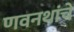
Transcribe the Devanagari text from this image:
णवनथांचे